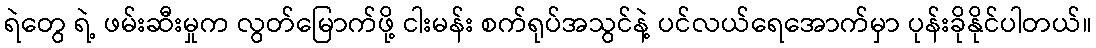
ရဲတွေ ရဲ့ ဖမ်းဆီးမှုက လွတ်မြောက်ဖို့ ငါးမန်း စက်ရုပ်အသွင်နဲ့ ပင်လယ်ရေအောက်မှာ ပုန်းခိုနိုင်ပါတယ်။